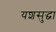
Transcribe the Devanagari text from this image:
यशसुद्धा